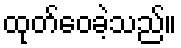
ထုတ်ဝေခဲ့သည်။